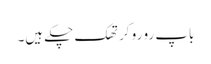
باپ رو رو کر تھک چکے ہیں۔